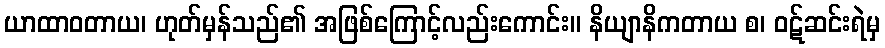
ယာထာဝတာယ၊ ဟုတ်မှန်သည်၏ အဖြစ်ကြောင့်လည်းကောင်း။ နိယျာနိကတာယ စ၊ ဝဋ်ဆင်းရဲမှ